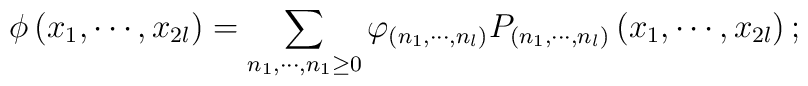
\phi \left( x_{1},\cdots ,x_{2l}\right) =\sum_{n_{1},\cdots ,n_{1}\geq0}\varphi _{\left( n_{1},\cdots ,n_{l}\right) }P_{\left( n_{1},\cdots,n_{l}\right) }\left( x_{1},\cdots ,x_{2l}\right) ;